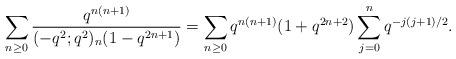
LaTeX: \begin{align*}\sum_{n\ge0}\frac{q^{n(n+1)}}{(-q^2;q^2)_n(1-q^{2n+1})}=\sum_{n\ge0}q^{n(n+1)}(1+q^{2n+2})\sum_{j=0}^{n}q^{-j(j+1)/2}.\end{align*}